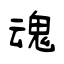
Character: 魂